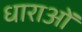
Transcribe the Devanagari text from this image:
धाराआें